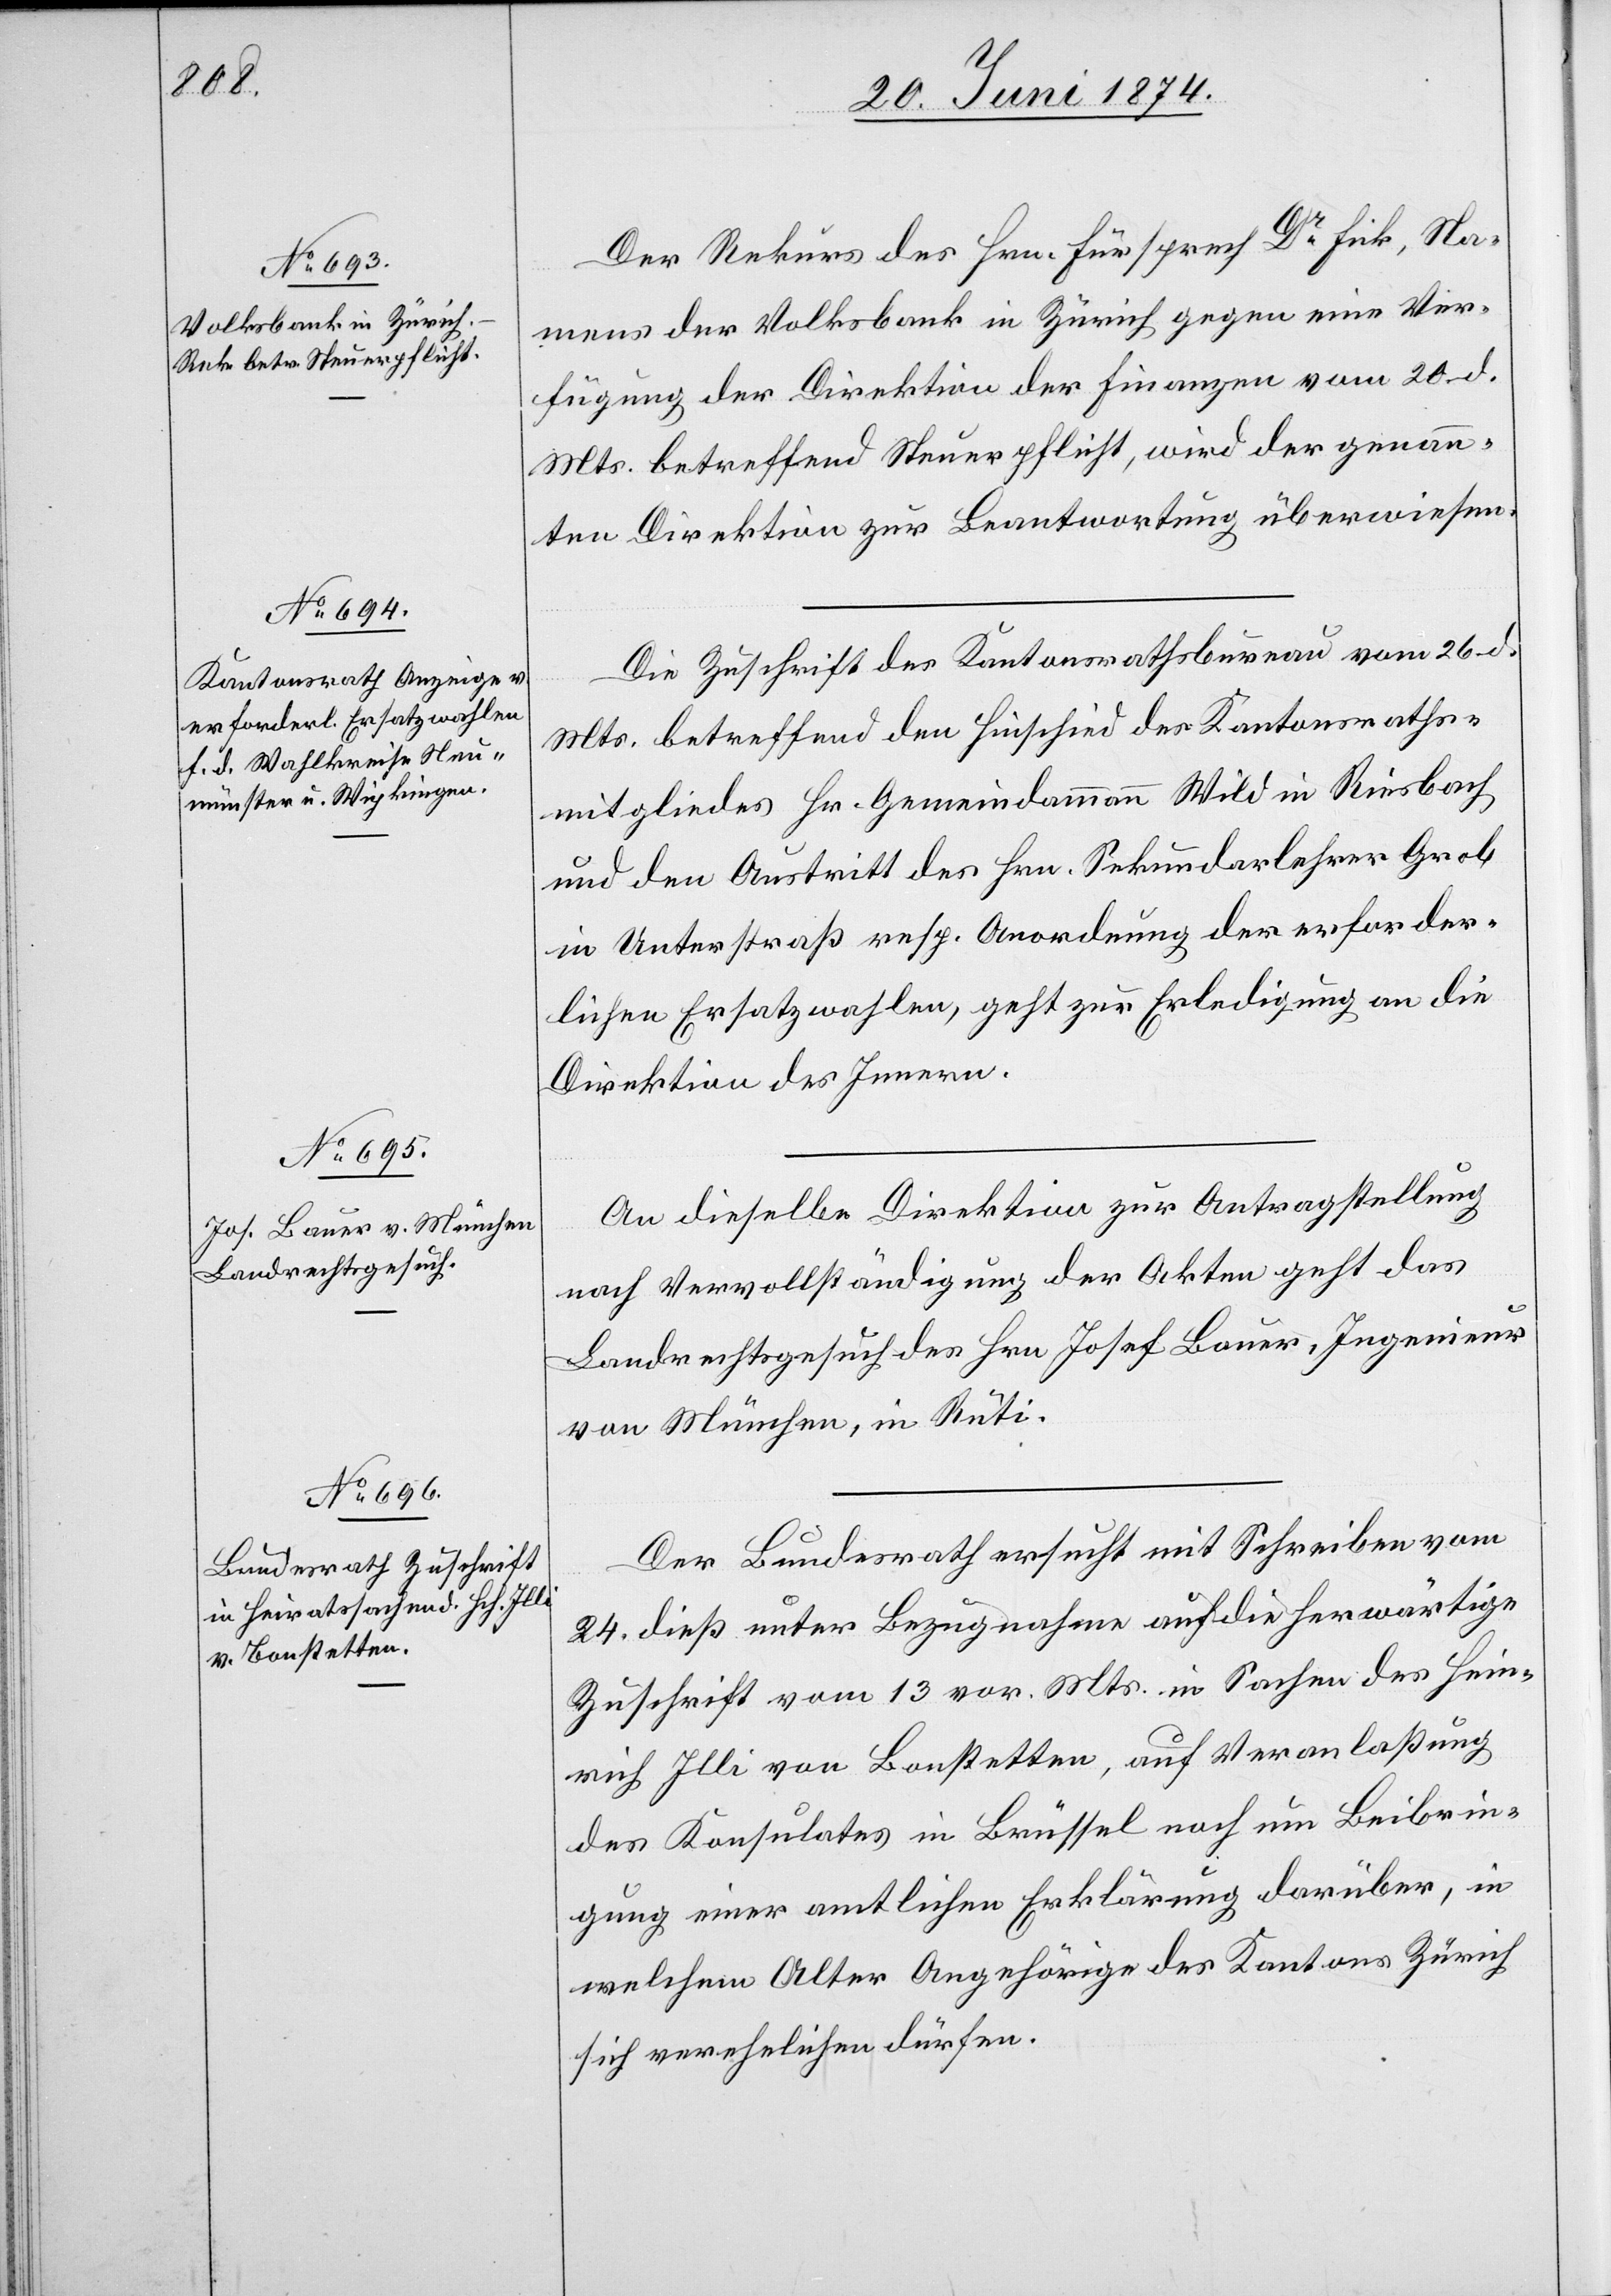
25. Juni 1874.]
Der Rekurs des Hrn. Fürsprech Dr Fick, Na¬
mens der Volksbank in Zürich gegen eine Ver¬
fügung der Direktion der Finanzen vom 20. d.
Mts. betreffend Steuerpflicht, wird der genann¬
ten Direktion zur Beantwortung überwiesen.
Die Zuschrift des Kantonsrathsbureau vom 26. d.
Mts. betreffend den Hinschied des Kantonsraths¬
mitgliedes Hr. Gemeindammann Wild in Riesbach
und den Austritt des Hrn. Sekundarlehrer Grob
in Unterstraß resp. Anordnung der erforder¬
lichen Ersatzwahlen, geht zur Erledigung an die
Direktion des Innern.
An dieselbe Direktion zur Antragstellung
nach Vervollständigung der Akten geht das
Landrechtsgesuch des Hrn. Josef Bauer, Ingenieur
von München, in Rüti.
Der Bundesrath ersucht mit Schreiben vom
24. dieß unter Bezugnahme auf die herwärtige
Zuschrift vom 13. vor. Mts. in Sachen des Hein¬
rich Illi von Bonstetten, auf Veranlaßung
des Konsulates in Brüssel nach um Beibrin¬
gung einer amtlichen Erklärung darüber, in
welchem Alter Angehörige des Kantons Zürich
sich verehelichen dürfen.